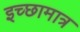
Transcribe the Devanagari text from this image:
इच्छामात्र